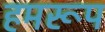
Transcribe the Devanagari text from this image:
हमरूप